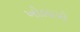
ખોલાયો